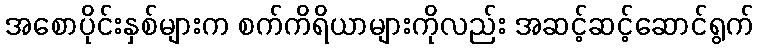
အစောပိုင်းနှစ်များက စက်ကိရိယာများကိုလည်း အဆင့်ဆင့်ဆောင်ရွက်